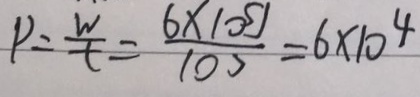
P = \frac { W } { t } = \frac { 6 \times 1 0 ^ { 5 } J } { 1 0 0 } = 6 \times 1 0 ^ { 4 }